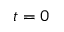
t = 0